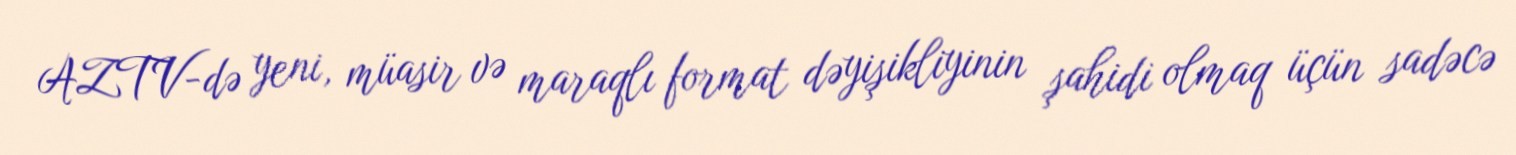
AZTV-də yeni, müasir və maraqlı format dəyişikliyinin şahidi olmaq üçün sadəcə